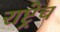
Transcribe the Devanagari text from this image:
राष्ट्रेच